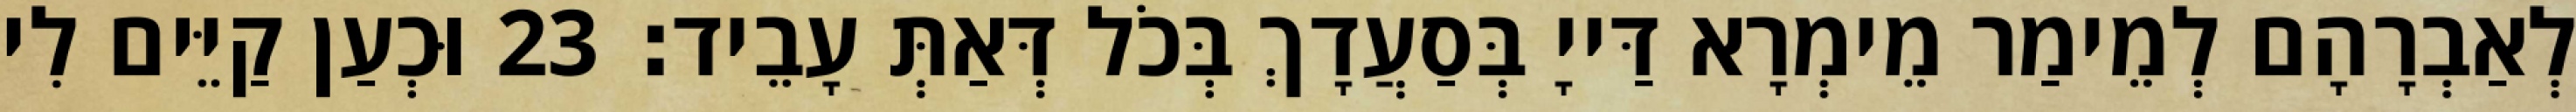
לְאַבְרָהָם לְמֵימַר מֵימְרָא דַּייָ בְּסַעֲדָךְ בְּכֹל דְּאַתְּ עָבֵיד׃ 23 וּכְעַן קַיֵּים לִי